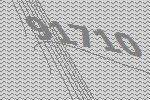
91710